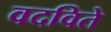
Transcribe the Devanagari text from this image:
वदविते